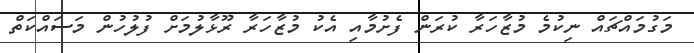
މަގުމައްޗައް ނިކުމެ މުޒާހަރާ ކުރަން ފެށުމާއި އެކު މުޒާހަރާ ރޫޅާލުމަށް ފުލުހުން މަސައްކަތް